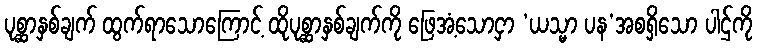
ပုစ္ဆာနှစ်ချက် ထွက်ရာသောကြောင့် ထိုပုစ္ဆာနှစ်ချက်ကို ဖြေအံ့သောငှာ ‘ယသ္မာ ပန’အစရှိသော ပါဌ်ကို